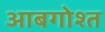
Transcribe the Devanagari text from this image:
आबगोश्त